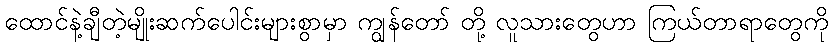
ထောင်နဲ့ချီတဲ့မျိုးဆက်ပေါင်းများစွာမှာ ကျွန်တော် တို့ လူသားတွေဟာ ကြယ်တာရာတွေကို